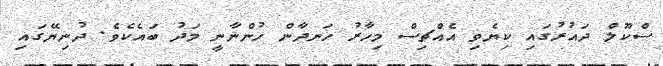
ސްކޫލް ދައުރުގައި ކިޔެވި އެއްޗިސް މިހާރު ހަނދާން ހުންނާނީ މަދު ބައެކެވެ. ދުނިޔޭގައި